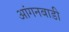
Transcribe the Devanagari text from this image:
आंगनबाडी